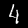
Digit: 4